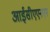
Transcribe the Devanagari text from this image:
आईसीएएनएन